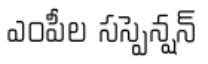
ఎంపీల సస్పెన్షన్